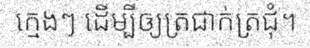
ក្មេងៗ ដើម្បីឲ្យត្រជាក់ត្រជុំ។